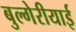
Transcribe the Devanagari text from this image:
बुल्गेरीयाई